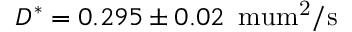
D ^ { * } = 0 . 2 9 5 \pm 0 . 0 2 \, \mathrm { { \ m u m ^ { 2 } / s } }